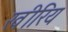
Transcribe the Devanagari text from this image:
खीरिय